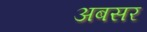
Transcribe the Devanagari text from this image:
अबसर